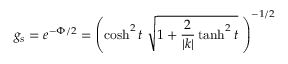
g _ { s } = e ^ { - \Phi / 2 } = \left( \cosh ^ { 2 } t \; \sqrt { 1 + \frac { 2 } { | k | } \operatorname { t a n h } ^ { 2 } t } \; \right) ^ { - 1 / 2 }